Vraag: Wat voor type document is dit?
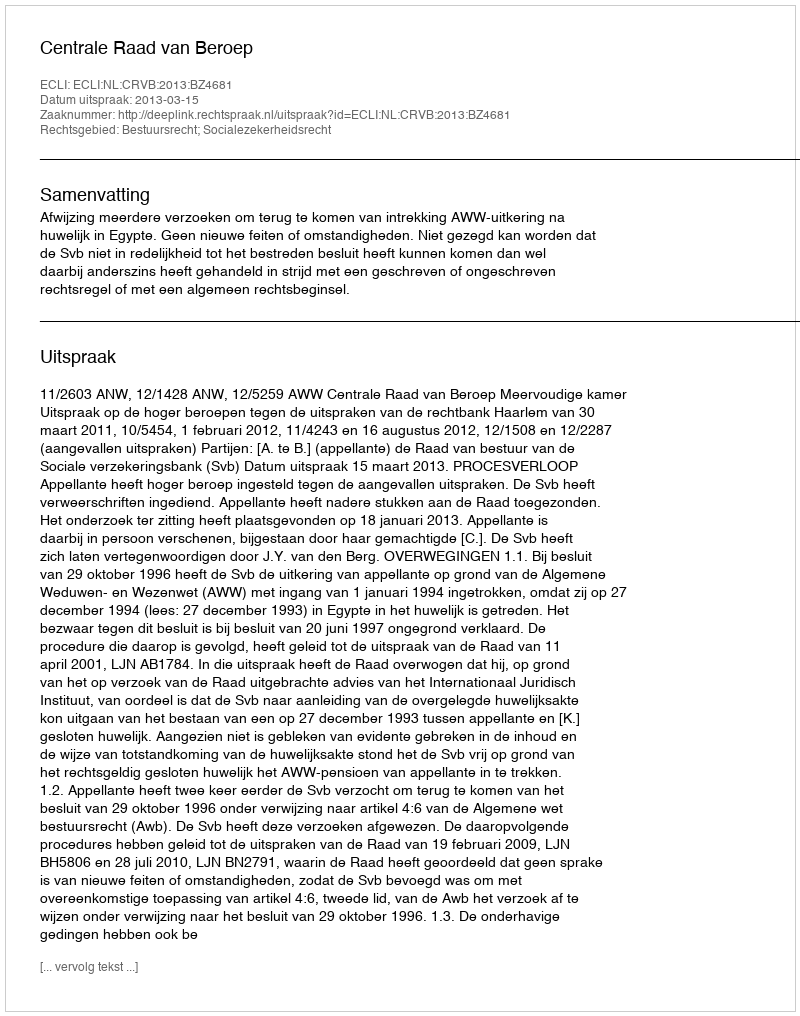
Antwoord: Uitspraak